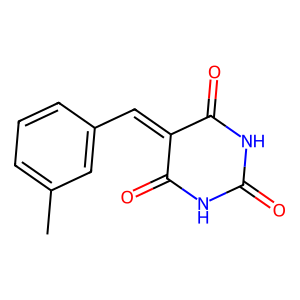
SMILES: Cc1cccc(C=C2C(=O)NC(=O)NC2=O)c1
Inhibits HIV replication: No